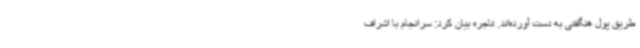
طریق پول هنگفتی به دست آورده‌اند. تاجره بیان کرد: سرانجام با اشراف